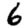
Digit: 6